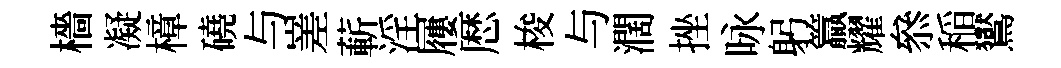
檣凝樟磽与嵳蔪淫屨厯梭与濶挫咏躬籯耀叅稲鸑